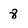
Character: 8